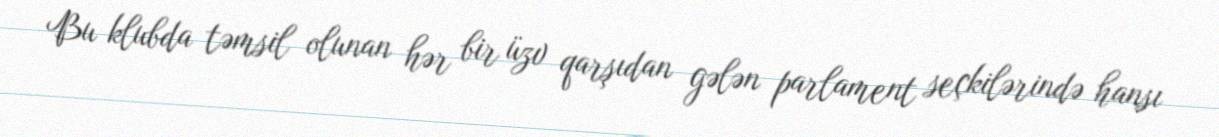
Bu klubda təmsil olunan hər bir üzv qarşıdan gələn parlament seçkilərində hansı